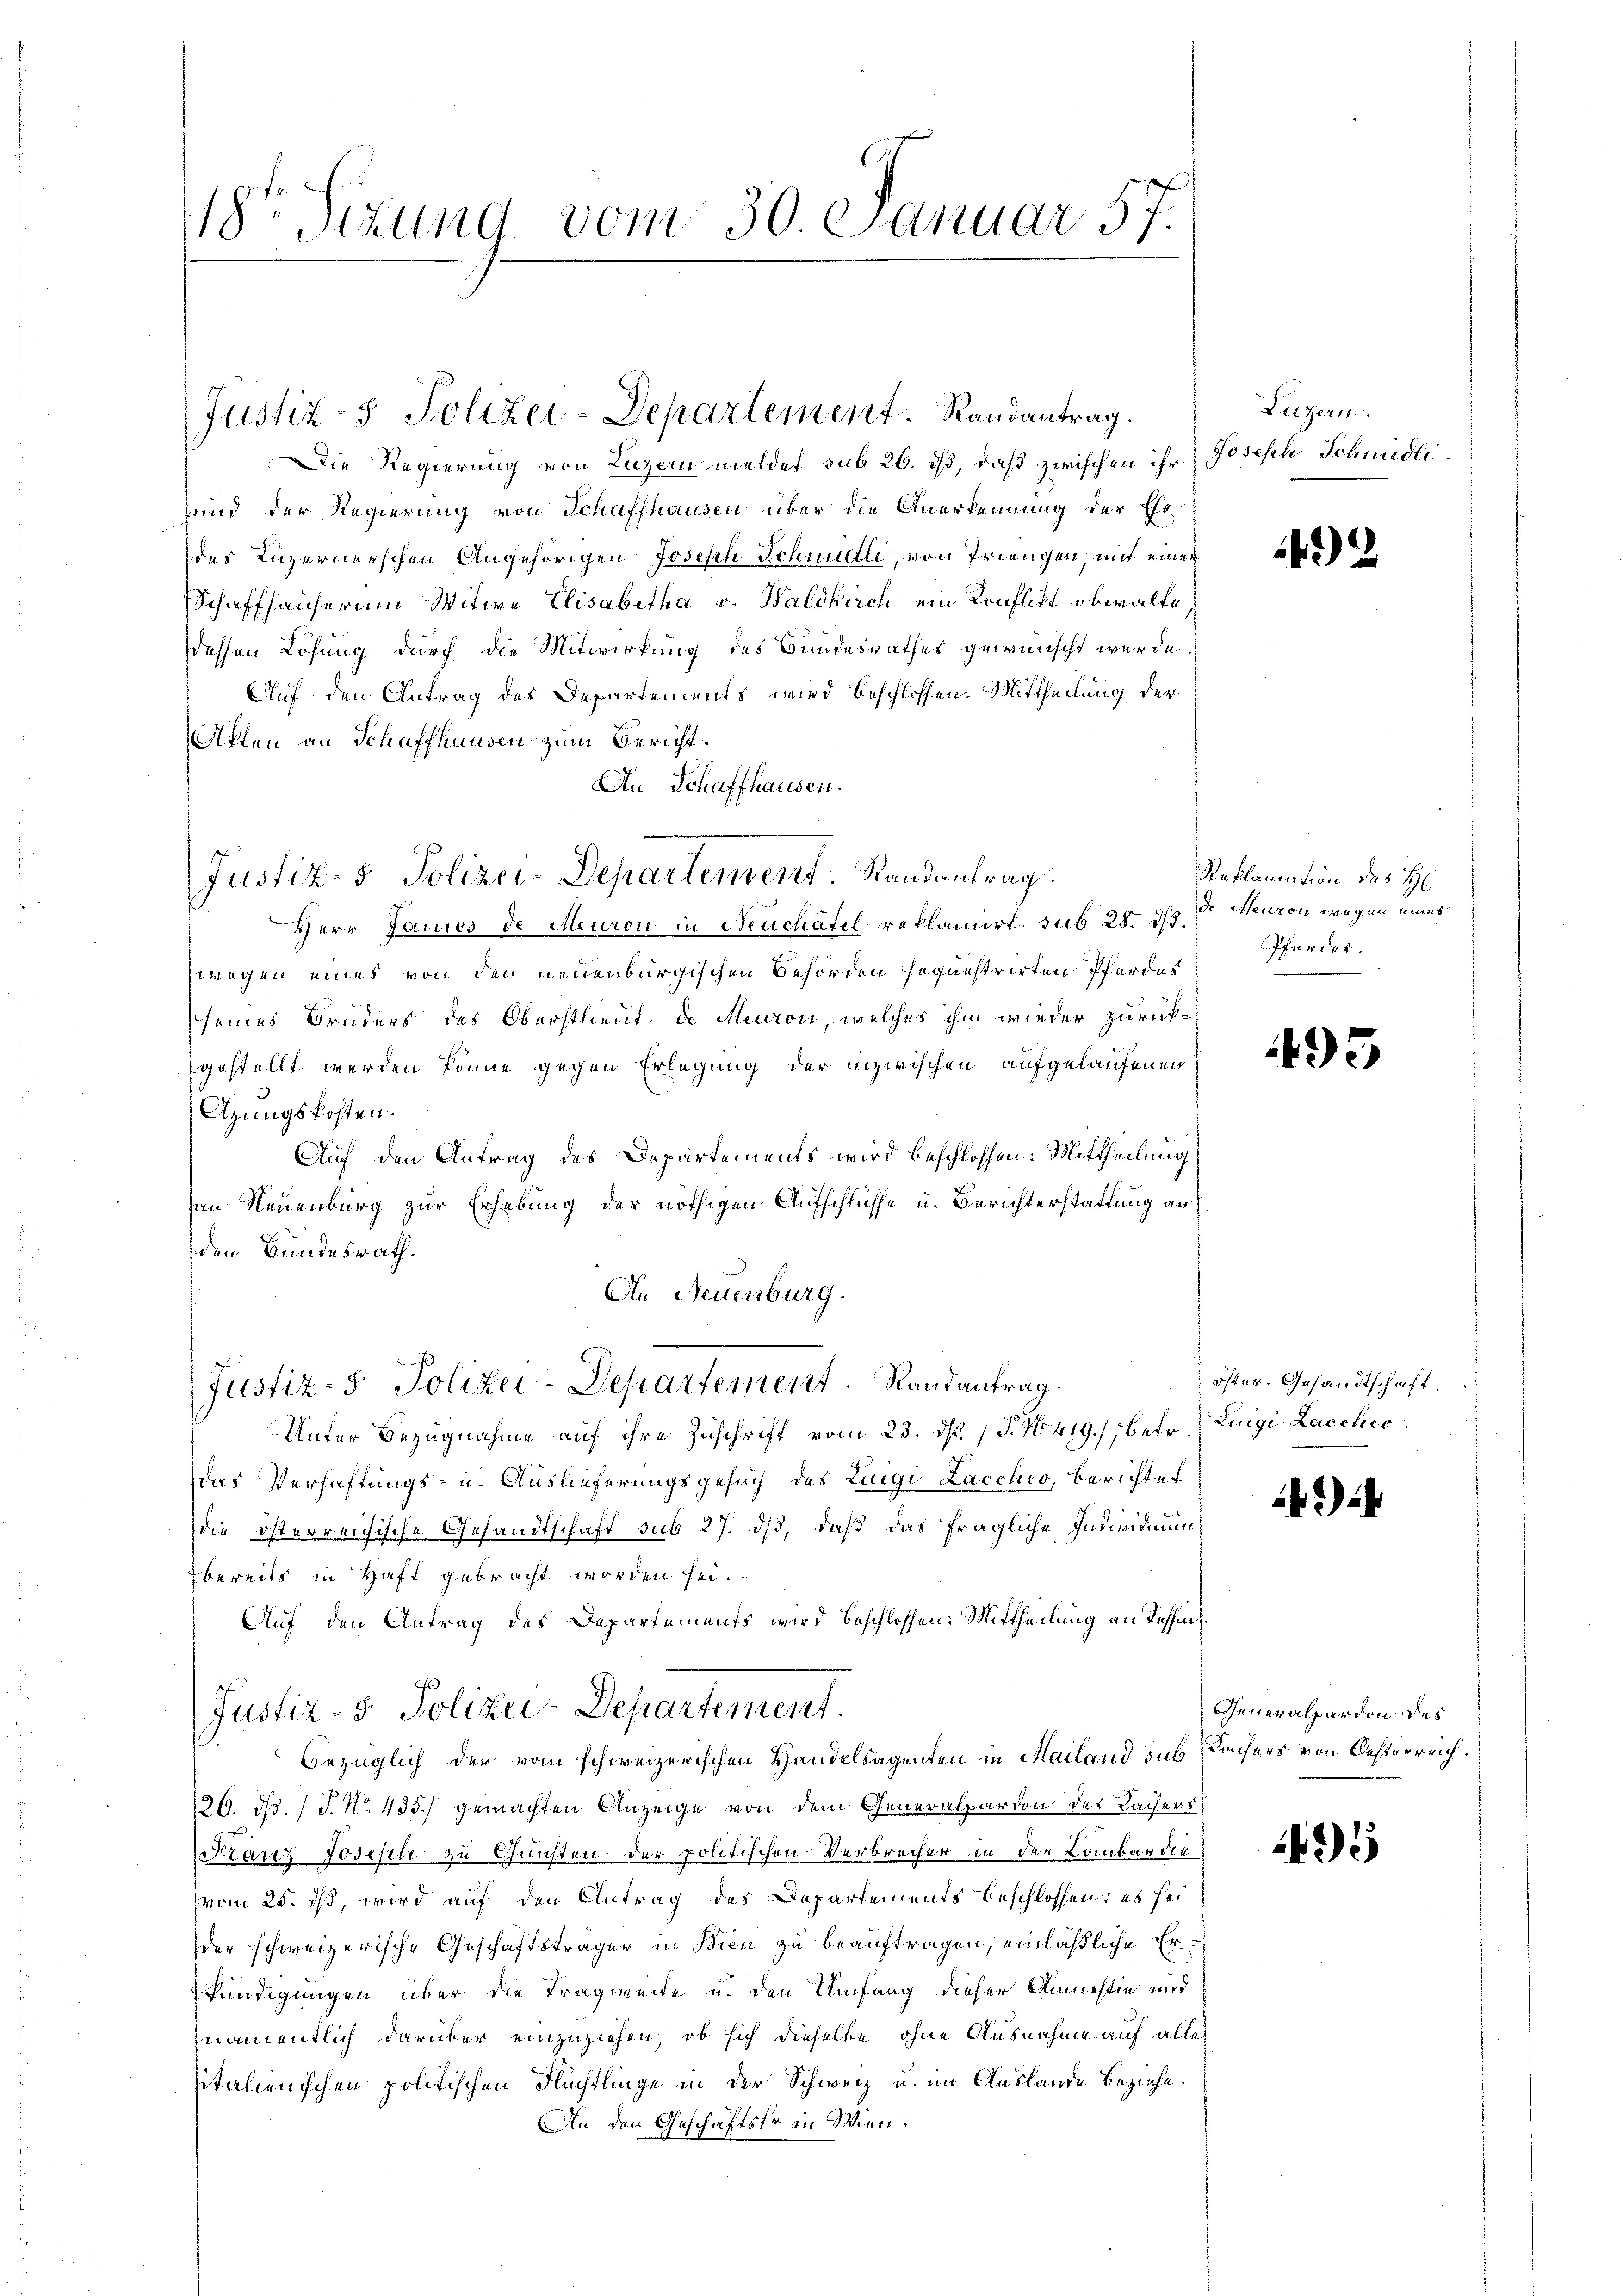
18ten Sizung vom 30. Januar 57.

Justiz- & Polizei-Departement. Randantrag.

Die Regierung von Luzern meldet sub 26. ist, daß zwischen ihr Joseph Schmidli
und der Regierung von Schaffhausen über die Anerkennung der Ehedes Luzernerschen Angehörigen Joseph Schnudli, von Priengen, mit einer
Schaffhauserung Witwe Elisabetha v. Haldkirch ein Konflikt obwalte
ddessen Lösung durch die Mitwirkung des Bundesrathes gewünscht wurde.
Auf den Antrag des Departements wird beschlossen. Mittheilung der
Fften an Schaffhausen zum Bericht.
An Schaffhausen.
Herr James de Meuron in Neuchâtel reklamirt, sub 28. ds.
zwegen eines von den neuenburgischen Behörden sequestrirten Pferdes
seines Bruders des Oberstlieut. de Meuron, welches ihm wieder zurückgestellt werden könne gegen Erlegung der inzwischen aufgelaufenen
Azungskosten.
Auf den Antrag des Departements wird beschlossen: Mittheilung
en Neuenburg zur Erhebung der nöthigen Aufschlüsse u. Berichterstattung an
den Bundesrath.
An Neuenburg.
Justiz- & Polizei-Departement. Randantrag.
Unter Bezugnahme auf ihre Zuschrift vom 23. ds. 1 P. No 419., betr. Luigi Lacchio
das Verhaftungs- u. Auslieferungsgesuch des Luigi Laccheo, Berichtet
die österreichische Gesandtschaft sub 27. ds, daß das fragliche Individuum
bereits in Haft gebracht worden sei.
Auf den Antrag des Departements wird beschlossen: Mittheilung an Tessich
Justiz- 3. Polizei-Departement.
bezüglich der vom schweizerischen Handelsagenten in Mailand sub Rachers von Oesterreich.
26. d. J. No. 435.) gemachten Anzeige von dem Generalpardon des Lachers
Stanz Joseph zu Gunsten der politischen Verbrecher in der Lombardie
vom 25. ds, wird auf den Antrag des Departements beschlossen; es sei
der schweizerische Geschäftsträger in Bien zu beauftragen, einläßliche Erkündigungen über die Tragweite u. den Umfang dieser Anmessin und
namentlich darüber einzuziehen, ob sich dieselbe ohne Ausnahme auf alle
sitalienischen politischen Flüchtlinge in der Schweiz u. im Auslande beziehe.
An den Geschäftsfr in Wien.

Justiz- & Polizei-Departement. Randantrag.

Luzern.

4)

Reklamation des H
de Menzen wegen eines
Pferdes.

49

öster. Gesandtschaft.

)

Generalpardon des

435